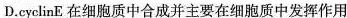
D. cyclinE在 细胞质中合成并主要在细胞质中发挥作用